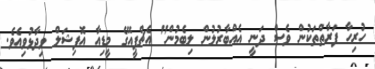
ހުރިހާ ފަރާތްތަކުން ވެސް ދަނީ އެއްބާރުލުން ލިބެމުން" އެޗްޕީއޭގެ މީޑިއާ އޮފިޝަލް ވިދާޅުވިއެވެ.